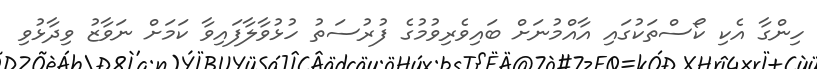
ހިންގާ އެކި ކޯސްތަކުގައި އާއްމުނަށް ބައިވެރިވުމުގެ ފުރުސަތު ހުޅުވާލާފައިވާ ކަމަށް ނަވާޒު ވިދާޅުވި